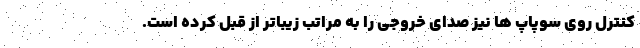
کنترل روی سوپاپ ها نیز صدای خروجی را به مراتب زیباتر از قبل کرده است.